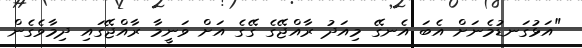
"އަޅުގަނޑުމެނަށް އެބަ އެނގޭ މިއަދު ރާއްޖޭގެ ގޭގެ އަށް ވަނީމާ ރާއްޖޭގައި ދިމާވެގެން